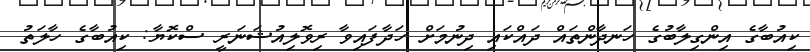
ކިއުބާގެ އިންގިލާބުގެ ހަނދާންތައް ދައްކައި ދިނުމަށް ހަދާފައިވާ ރިވޮލިއުޝަނަރީ ސްކޮޔާ: ކިއުބާގެ ހާލަތު